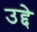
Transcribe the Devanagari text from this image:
उद्दे